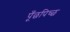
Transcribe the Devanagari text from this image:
पूँछपिच्छ